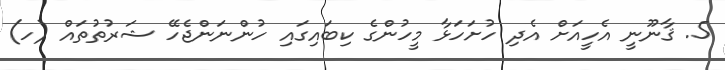
5. ޤާނޫނީ އެހީއަށް އެދި ހުށަހަޅާ މީހުންގެ ކިބައިގައި ހުންނަންޖެހޭ ޝަރުތުތައް (ހ)